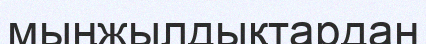
мыңжылдықтардан